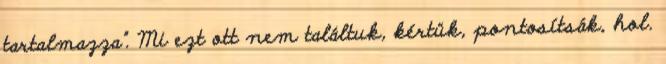
tartalmazza”. Mi ezt ott nem találtuk, kértük, pontosítsák, hol.